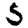
Digit: 5